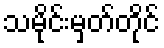
သမိုင်းမှတ်တိုင်